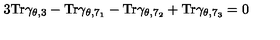
3 \mathrm { T r } \gamma _ { \theta , 3 } - \mathrm { T r } \gamma _ { \theta , 7 _ { 1 } } - \mathrm { T r } \gamma _ { \theta , 7 _ { 2 } } + \mathrm { T r } \gamma _ { \theta , 7 _ { 3 } } = 0